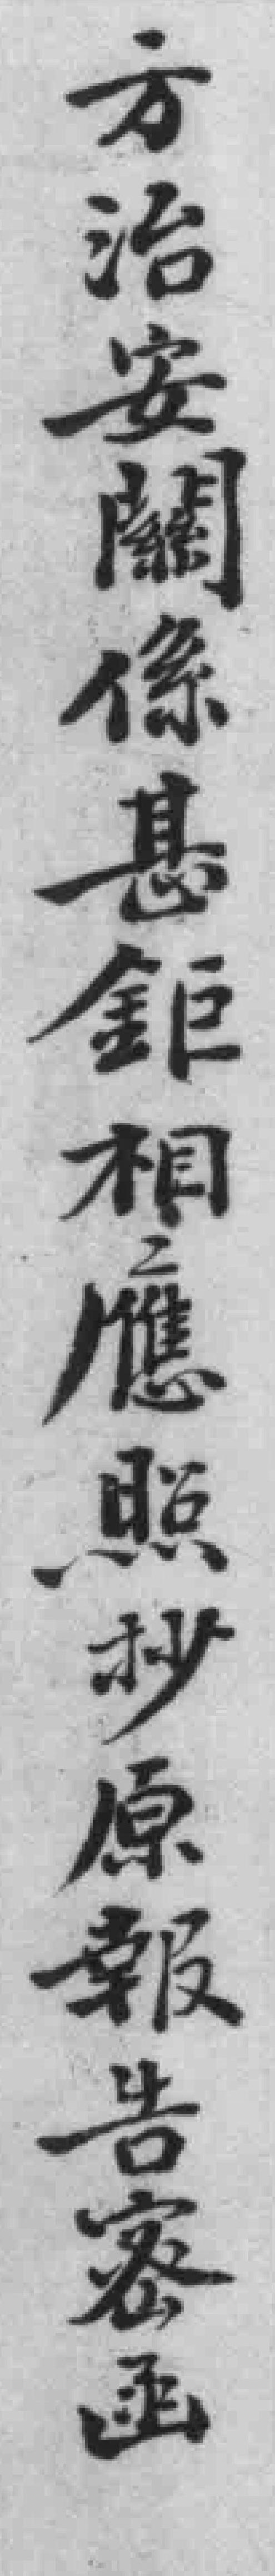
方治安關係甚鉅相應照抄原報告密函